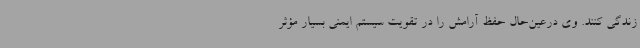
زندگی کنند. وی درعین‌حال حفظ آرامش را در تقویت سیستم ایمنی بسیار مؤثر